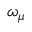
\omega _ { \mu }